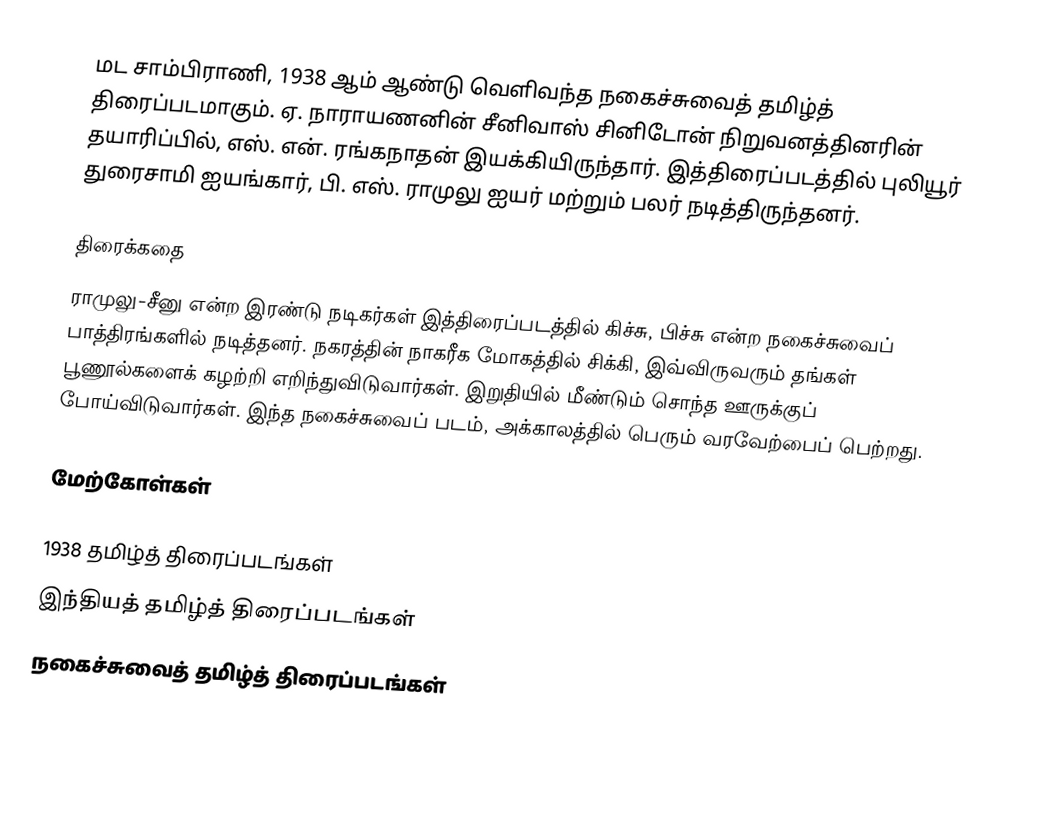
மட சாம்பிராணி, 1938 ஆம் ஆண்டு வெளிவந்த நகைச்சுவைத் தமிழ்த் திரைப்படமாகும். ஏ. நாராயணனின் சீனிவாஸ் சினிடோன் நிறுவனத்தினரின் தயாரிப்பில், எஸ். என். ரங்கநாதன் இயக்கியிருந்தார். இத்திரைப்படத்தில் புலியூர் துரைசாமி ஐயங்கார், பி. எஸ். ராமுலு ஐயர் மற்றும் பலர் நடித்திருந்தனர்.

திரைக்கதை
ராமுலு-சீனு என்ற இரண்டு நடிகர்கள் இத்திரைப்படத்தில்  கிச்சு, பிச்சு என்ற நகைச்சுவைப் பாத்திரங்களில் நடித்தனர். நகரத்தின் நாகரீக மோகத்தில் சிக்கி, இவ்விருவரும் தங்கள் பூணூல்களைக் கழற்றி எறிந்துவிடுவார்கள். இறுதியில் மீண்டும் சொந்த ஊருக்குப் போய்விடுவார்கள். இந்த நகைச்சுவைப் படம், அக்காலத்தில் பெரும் வரவேற்பைப் பெற்றது.

மேற்கோள்கள்

1938 தமிழ்த் திரைப்படங்கள்
இந்தியத் தமிழ்த் திரைப்படங்கள்
நகைச்சுவைத் தமிழ்த் திரைப்படங்கள்